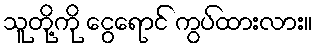
သူတို့ကို ငွေရောင် ကွပ်ထားလား။